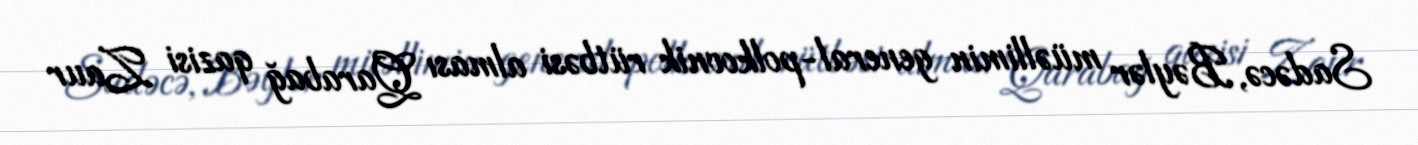
Sadəcə, Bəylər müəllimin general-polkovnik rütbəsi alması Qarabağ qazisi Zaur